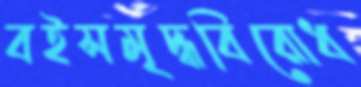
বইসমৃদ্ধবিরোধ